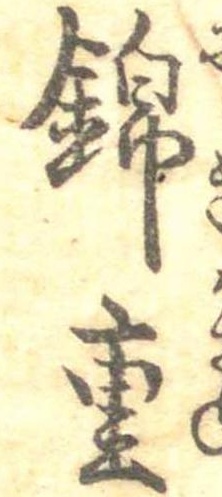
錦重